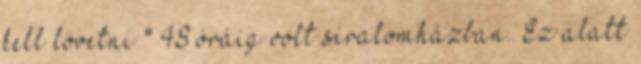
kell lövetni " 48 óráig volt siralomházban. Ez alatt